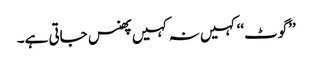
’’گوٹ‘‘ کہیں نہ کہیں پھنس جاتی ہے۔